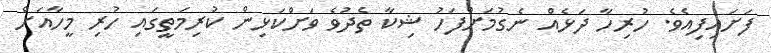
ފަށައިފިއެވެ. ހުރިހާ ދަޅެއް ނެގުމަށްފަހު ޝިކާ ތެދުވެ ވަށްކަޅިން ކުރިމަތީގައި ހުރި މީހާއަށް